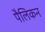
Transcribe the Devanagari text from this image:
पैलिकन